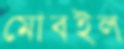
মোবইল